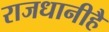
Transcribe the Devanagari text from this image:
राजधानीहै